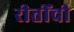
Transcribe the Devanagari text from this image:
रीतींची